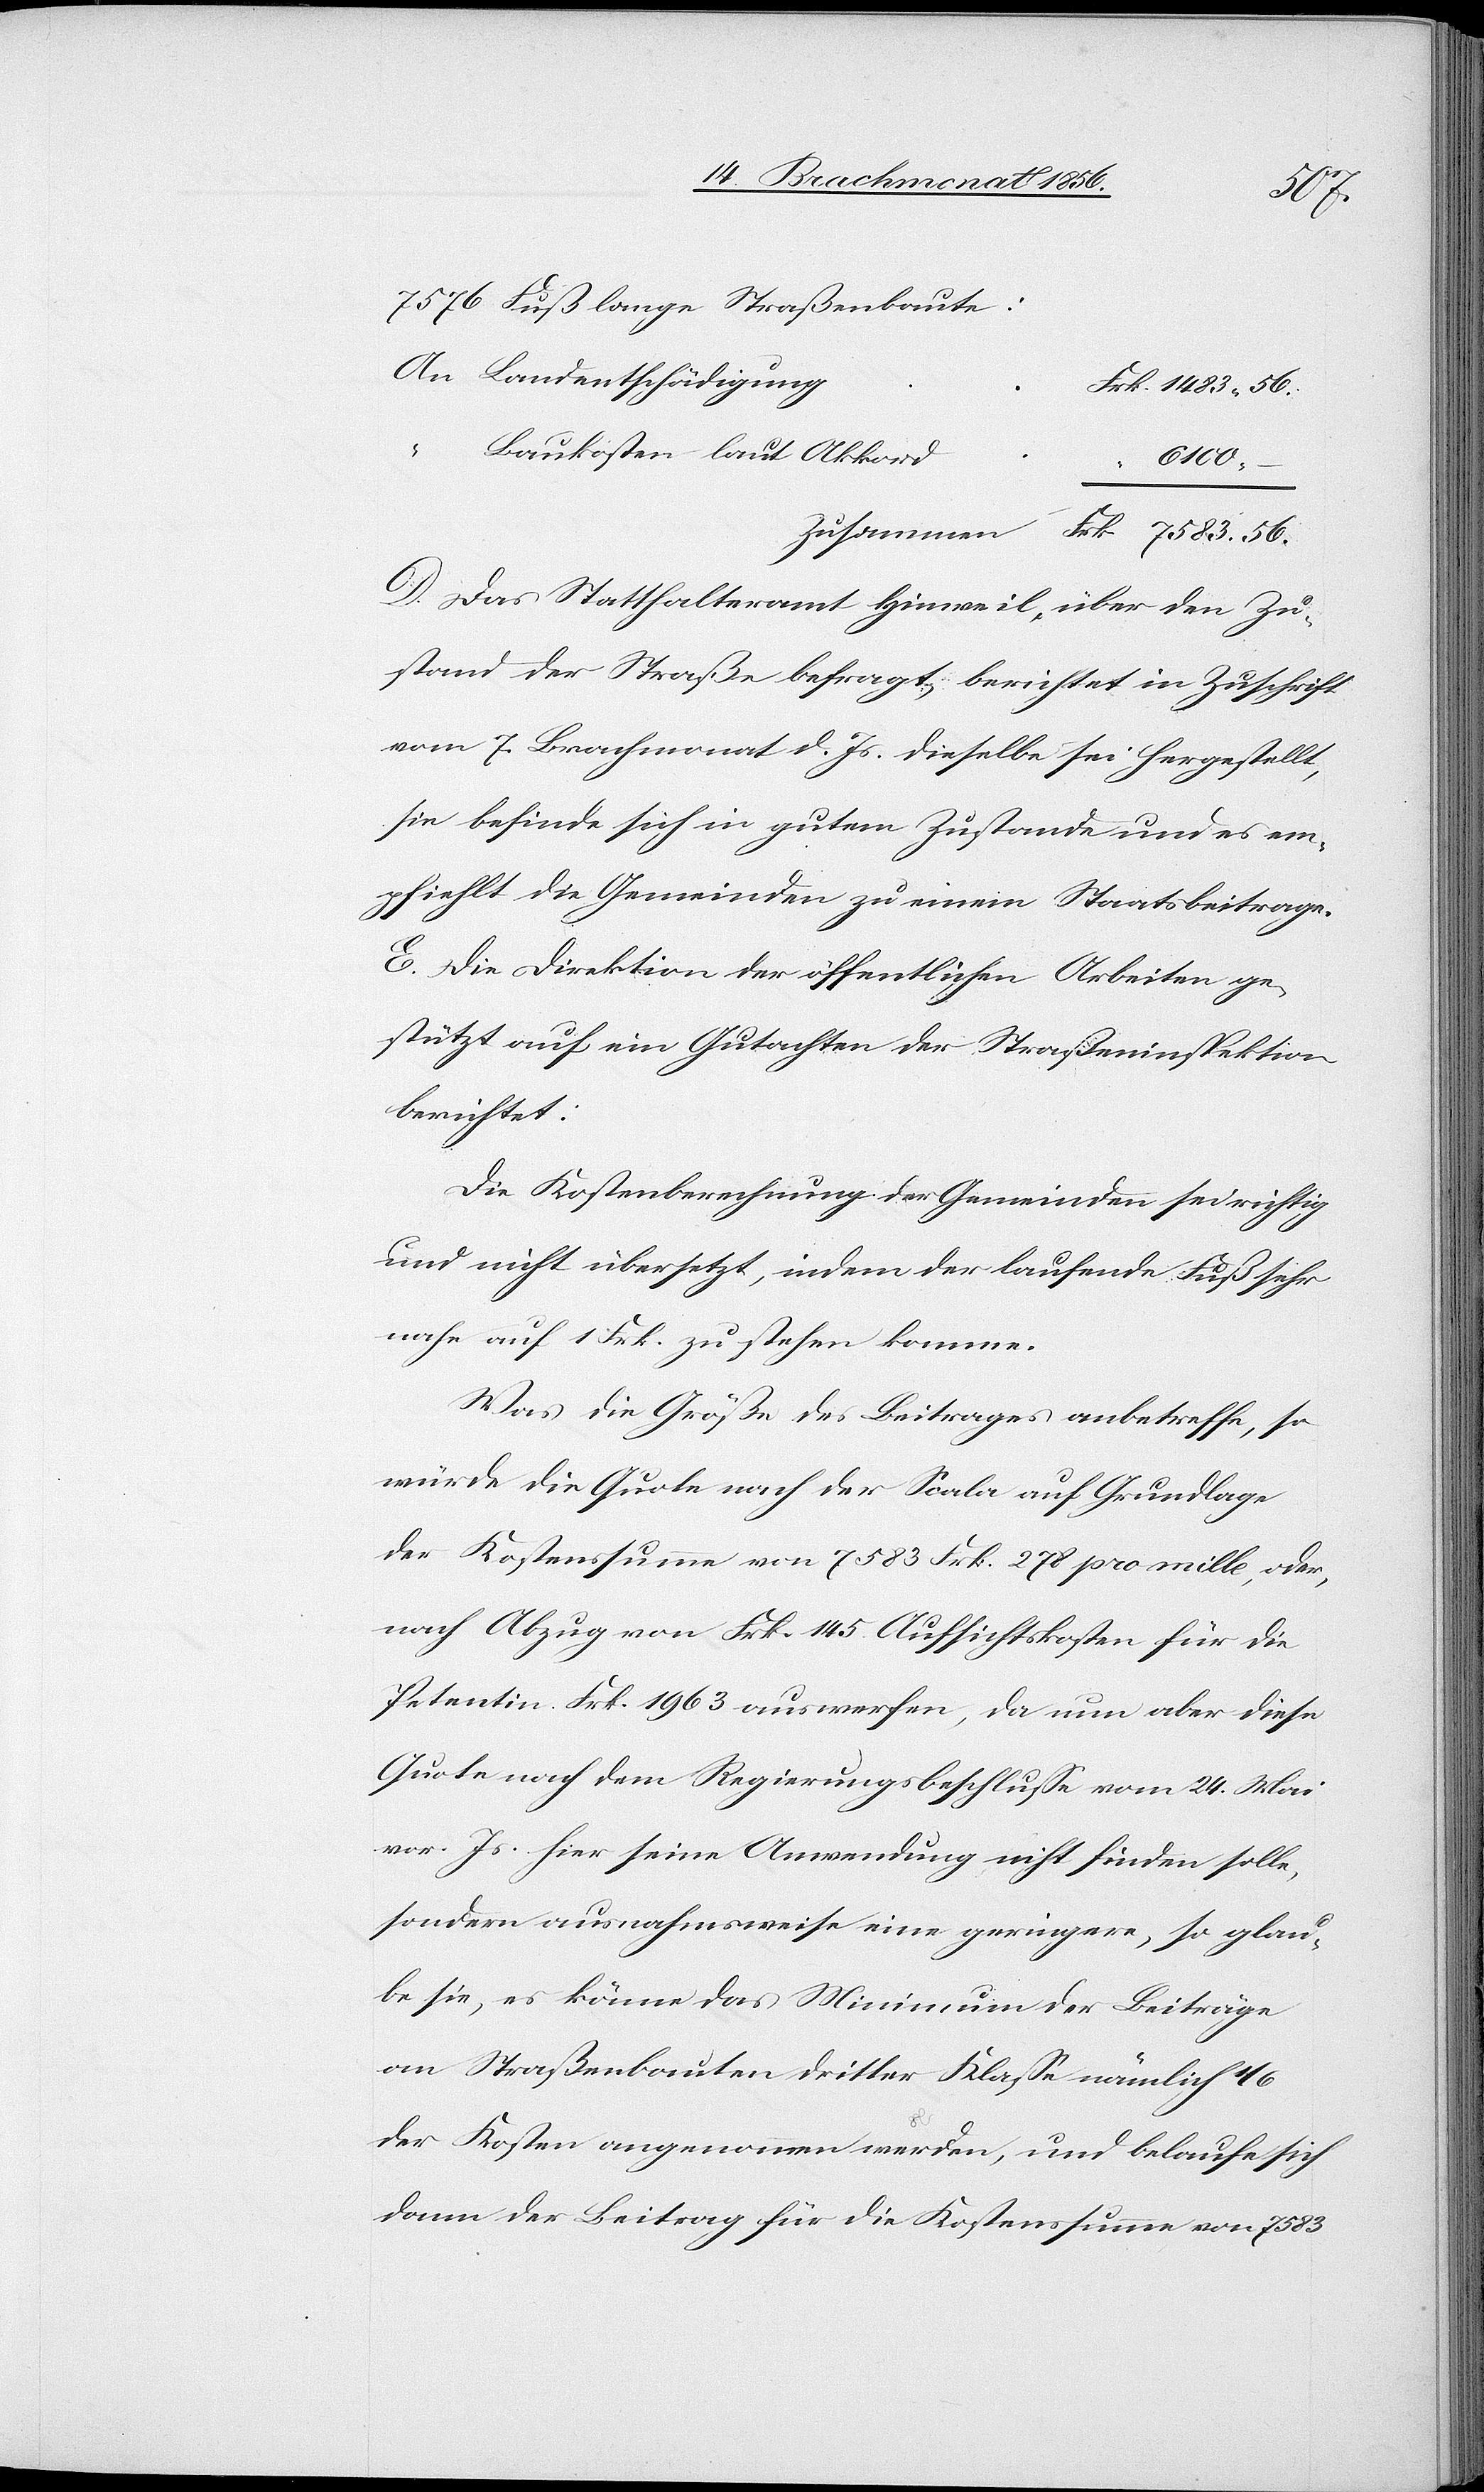
7576 Fuß lange Straßenbaute:
Landentschädigung
Baukosten laut Akkord
“
6100.
D. Das Statthalteramt Hinweil, über den Zu¬
stand der Straße befragt, berichtet in Zuschrift
vom 7. Brachmonat d. Js. dieselbe sei hergestellt,
sie befinde sich in gutem Zustande und es em¬
pfiehlt die Gemeinden zu einem Staatsbeitrage.
56.
E. Die Direktion der öffentlichen Arbeiten ge¬
stützt auf ein Gutachten der Straßeninspektion
berichtet:
Die Kostenberechnung der Gemeinden sei richtig
und nicht übersetzt, indem der laufende Fuß sehr
nahe auf 1 Frk. zu stehen komme.
Was die Größe des Beitrages anbetreffe, so
würde die Quote nach der Scala auf Grundlage
der Kostenssumme von 7583 Frk. 278 pro mille, oder,
nach Abzug von Frk. 145 Aufsichtskosten für die
Petentin Frk. 1963 auswerfen, da nun aber diese
Quote nach dem Regierungsbeschlusse vom 24. Mai
vor. Js. hier seine Anwendung nicht finden solle,
sondern ausnahmsweise eine geringere, so glau¬
be sie, es könne das Minimum der Beiträge
an Straßenbauten dritter Klasse nämlich 1/6
der Kosten angenommen werden, und belaufe sich
dann der Beitrag für die Kostenssumme von 7583